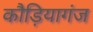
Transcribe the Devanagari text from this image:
कौड़ियागंज